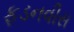
ફડનવીસ